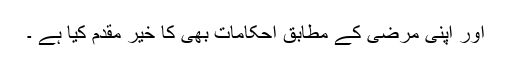
اور اپنی مرضی کے مطابق احکامات بھی کا خیر مقدم کیا ہے ۔